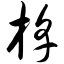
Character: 槔